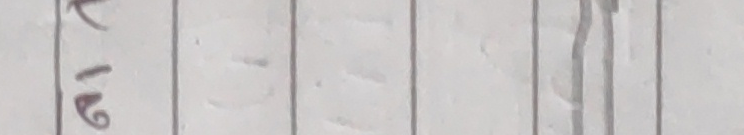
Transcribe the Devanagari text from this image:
१८